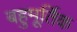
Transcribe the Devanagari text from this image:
बहुमूर्तिक